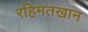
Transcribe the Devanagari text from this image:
रहिमतखान